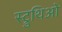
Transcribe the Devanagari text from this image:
स्ट्रुथिओ